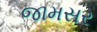
જામસર